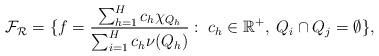
LaTeX: \begin{align*}\mathcal{F}_{\mathcal{R}}&= \{f=\frac{\sum_{h=1}^{H}c_h\chi_{Q_h}}{\sum_{i=1}^{H}c_h\nu(Q_h)}:\; c_h \in \mathbb{R}^+, \; Q_i \cap Q_j=\emptyset\},\end{align*}